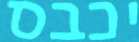
יכבס